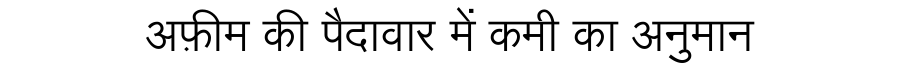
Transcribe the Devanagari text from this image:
अफ़ीम की पैदावार में कमी का अनुमान